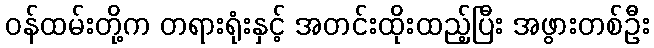
ဝန်ထမ်းတို့က တရားရုံးနှင့် အတင်းထိုးထည့်ပြီး အဖွားတစ်ဦး